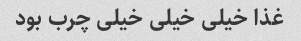
غذا خیلی خیلی خیلی چرب بود